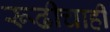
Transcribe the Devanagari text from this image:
रूढीचाही